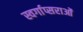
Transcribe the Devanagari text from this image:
स्वर्गाप्सराओं